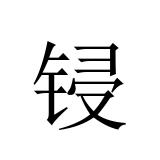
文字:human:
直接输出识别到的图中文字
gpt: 锓